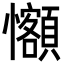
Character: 𪭄